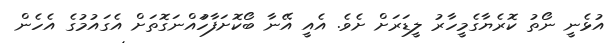
އުޅެނީ ނޯތު ކޮރެޔާގެމީހާރު ލީޑަރަށް ށެވެ. އެއީ އޭނާ ބޯކޮށަފާހުައްނަގޮތަށް އެގައުމުގެ އެހެން